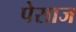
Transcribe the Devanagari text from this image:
पेसाज